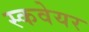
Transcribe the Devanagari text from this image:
स्कवेयर